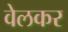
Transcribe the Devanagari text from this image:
वेलकर